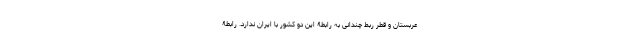
عربستان و قطر ربط چندانی به رابطۀ این دو کشور با ایران ندارد. رابطۀ